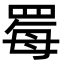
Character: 䍙